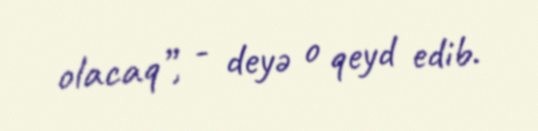
olacaq”, - deyə o qeyd edib.